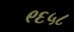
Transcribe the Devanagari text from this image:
९६५८